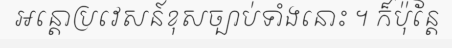
អន្តោប្រវេសន៍ខុសច្បាប់ទាំងនោះ ។ ក៏ប៉ុន្តែ